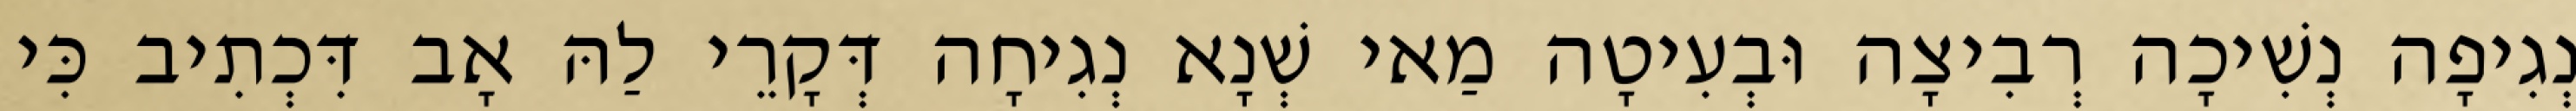
נְגִיפָה נְשִׁיכָה רְבִיצָה וּבְעִיטָה מַאי שְׁנָא נְגִיחָה דְּקָרֵי לַהּ אָב דִּכְתִיב כִּי